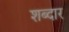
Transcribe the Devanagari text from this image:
शब्दार